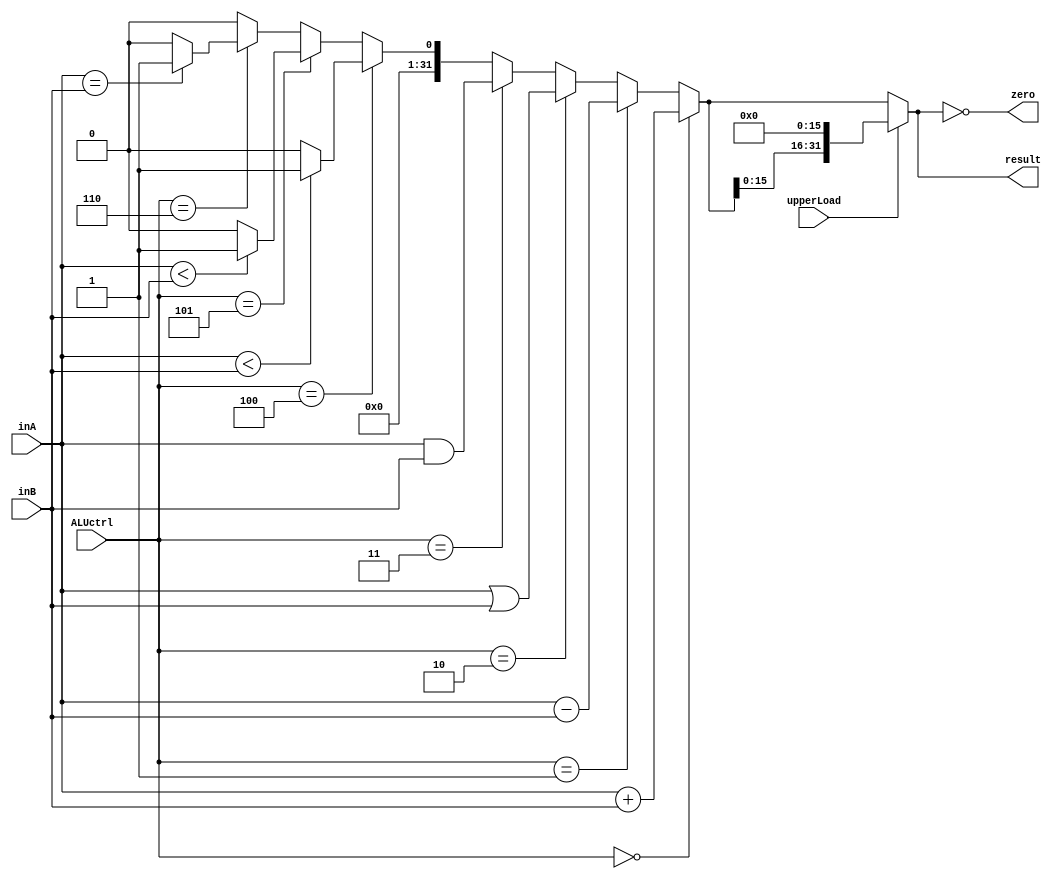
`timescale 1ns / 1ps
//////////////////////////////////////////////////////////////////////////////////
// Company: 
// Engineer: 
// 
// Design Name: 
// Module Name:    ALU 
// Project Name: 
// Target Devices: 
// Tool versions: 
// Description: 
//
// Dependencies: 
//
// Revision: 
// Revision 0.01 - File Created
// Additional Comments: 
//
//////////////////////////////////////////////////////////////////////////////////

`define     ALU_ADD     4'b0000
`define     ALU_SUB     4'b0001
`define     ALU_OR      4'b0010
`define     ALU_AND     4'b0011
`define     ALU_SLT     4'b0100
`define     ALU_SLTU    4'b0101
`define     ALU_BNE     4'b0110
`define     ALU_NOP     4'b1111


module ALU(
    input [31:0] inA,
    input [31:0] inB,
    input [3:0] ALUctrl,
    input upperLoad,
    output zero,
    output [31:0] result
    );

    reg [31:0] temp;
    always @(*) begin
        if(ALUctrl == `ALU_ADD)
            temp = inA + inB;
        else if(ALUctrl == `ALU_SUB)
            temp = inA - inB;
        else if(ALUctrl == `ALU_OR)
            temp = inA | inB;
        else if(ALUctrl == `ALU_AND)
            temp = inA & inB;
        else if(ALUctrl == `ALU_SLT) begin
            if($signed(inA) < $signed(inB))
                temp = 32'h0000_0001;
            else
                temp = 32'h0000_0000;
        end
        else if(ALUctrl == `ALU_SLTU) begin
            if(inA < inB)
                temp = 32'h0000_0001;
            else 
                temp = 32'h0000_0000;
        end
        else if(ALUctrl == `ALU_BNE)
            temp = (inA == inB) ? 32'h0000_0001 : 32'h0000_0000;
        else
            temp = 32'h0000_0000;
    end

    assign result = upperLoad ? (temp << 16) : temp;

    assign zero = result == 32'h0000_0000;

endmodule